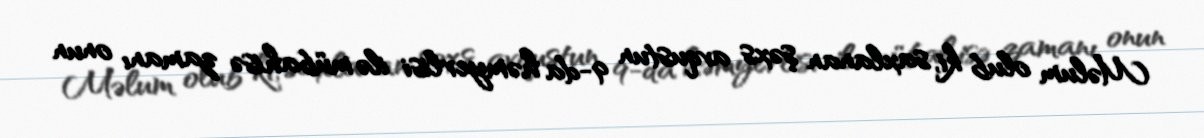
Məlum olub ki, saxlanan şəxs avqustun 9-da həmyerlisi ilə mübahisə zamanı onun